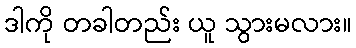
ဒါကို တခါတည်း ယူ သွားမလား။